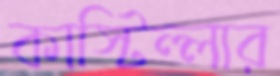
কাস্টিল্লার